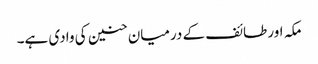
مکہ اور طائف کے درمیان حنین کی وادی ہے۔